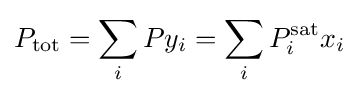
P_{\rm {tot}}=\sum _{i}Py_{i}=\sum _{i}P_{i}^{\rm {sat}}x_{i}